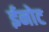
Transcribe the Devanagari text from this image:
ईनोट